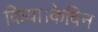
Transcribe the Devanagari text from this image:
किया।केविन